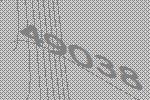
49038